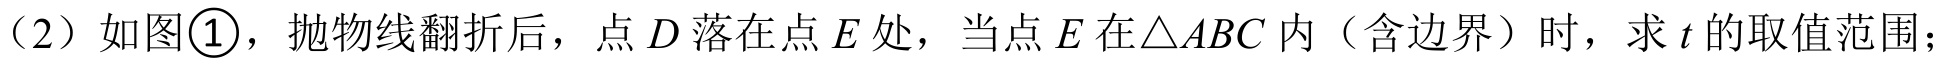
（2）如图\textcircled{1}，抛物线翻折后，点\(D\)落在点\(E\)处，当点\(E\)在\(\triangle ABC\)内（含边界）时，求\(t\)的取值范围；